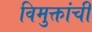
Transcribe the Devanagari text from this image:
विमुक्तांची